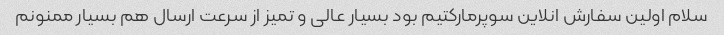
سلام اولین سفارش انلاین سوپرمارکتیم بود بسیار عالی و تمیز از سرعت ارسال هم بسیار ممنونم